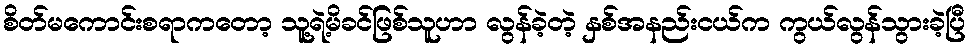
စိတ်မကောင်းစရာကတော့ သူ့ရဲ့မိခင်ဖြစ်သူဟာ လွန်ခဲ့တဲ့ နှစ်အနည်းငယ်က ကွယ်လွန်သွားခဲ့ပြီ